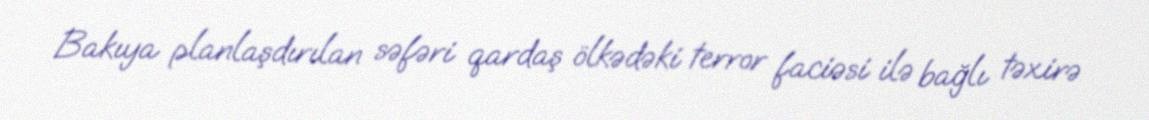
Bakıya planlaşdırılan səfəri qardaş ölkədəki terror faciəsi ilə bağlı təxirə